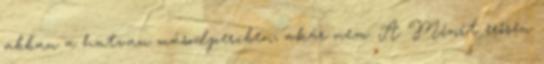
abban a hatvan másodpercben, akár nem. A Minit erősen